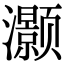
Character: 灏